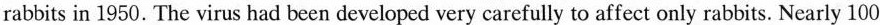
rabbits in 1950. The virus had been developed very carefully to affect only rabbits. Nearly 100